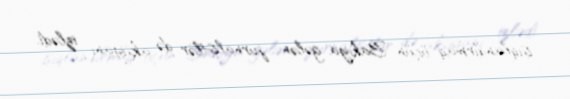
işıqlandırmaq üçün Bakıya gələn jurnalistlər də aksiyanı izlədi.